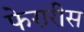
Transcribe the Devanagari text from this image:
फेरारीस